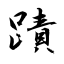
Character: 蹟